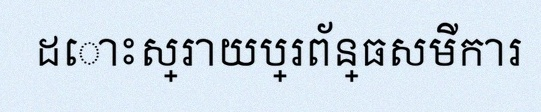
ដោះស្រាយប្រព័ន្ធសមីការ